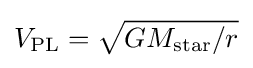
V_{\mathrm {PL} }={\sqrt {GM_{\mathrm {star} }/r}}